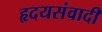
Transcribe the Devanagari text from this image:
हृदयसंवादी